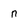
Character: n